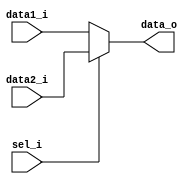
module MUX32
(
    data1_i,
    data2_i,
    sel_i,
    data_o
);

input   [31:0] data1_i, data2_i;
input   sel_i;
output  [31:0] data_o;

assign data_o = sel_i? data2_i: data1_i;


endmodule